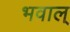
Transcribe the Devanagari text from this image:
भवाल्